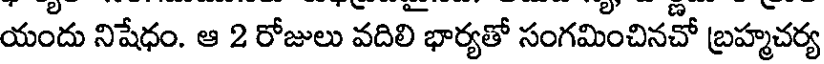
యందు నిషేధం. ఆ 2 రోజులు వదిలి భార్యతో సంగమించినచో బ్రహ్మచర్య